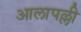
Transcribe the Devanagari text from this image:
आलापल्ली